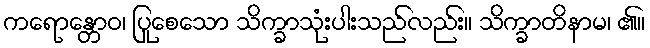
ကရောန္တောဝ၊ ပြုစေသော သိက္ခာသုံးပါးသည်လည်း။ သိက္ခာတိနာမ၊ ၏။